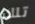
تلك